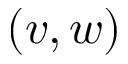
( v , w )